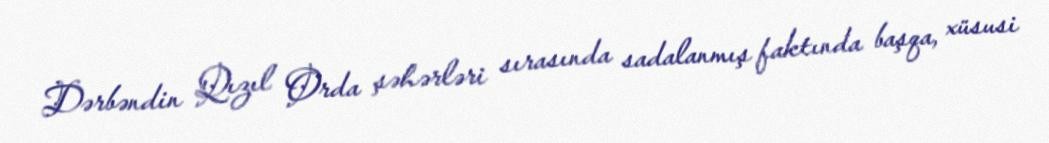
Dərbəndin Qızıl Orda şəhərləri sırasında sadalanmış faktında başqa, xüsusi